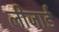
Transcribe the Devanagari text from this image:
लीजार्ड